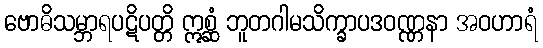
ဗောဓိသမ္ဘာရပဋိပတ္တိ ဣစ္ဆံ ဘူတဂါမသိက္ခာပဒဝဏ္ဏနာ အဝဟာရံ